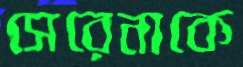
সেরেনাকে